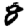
Digit: 8